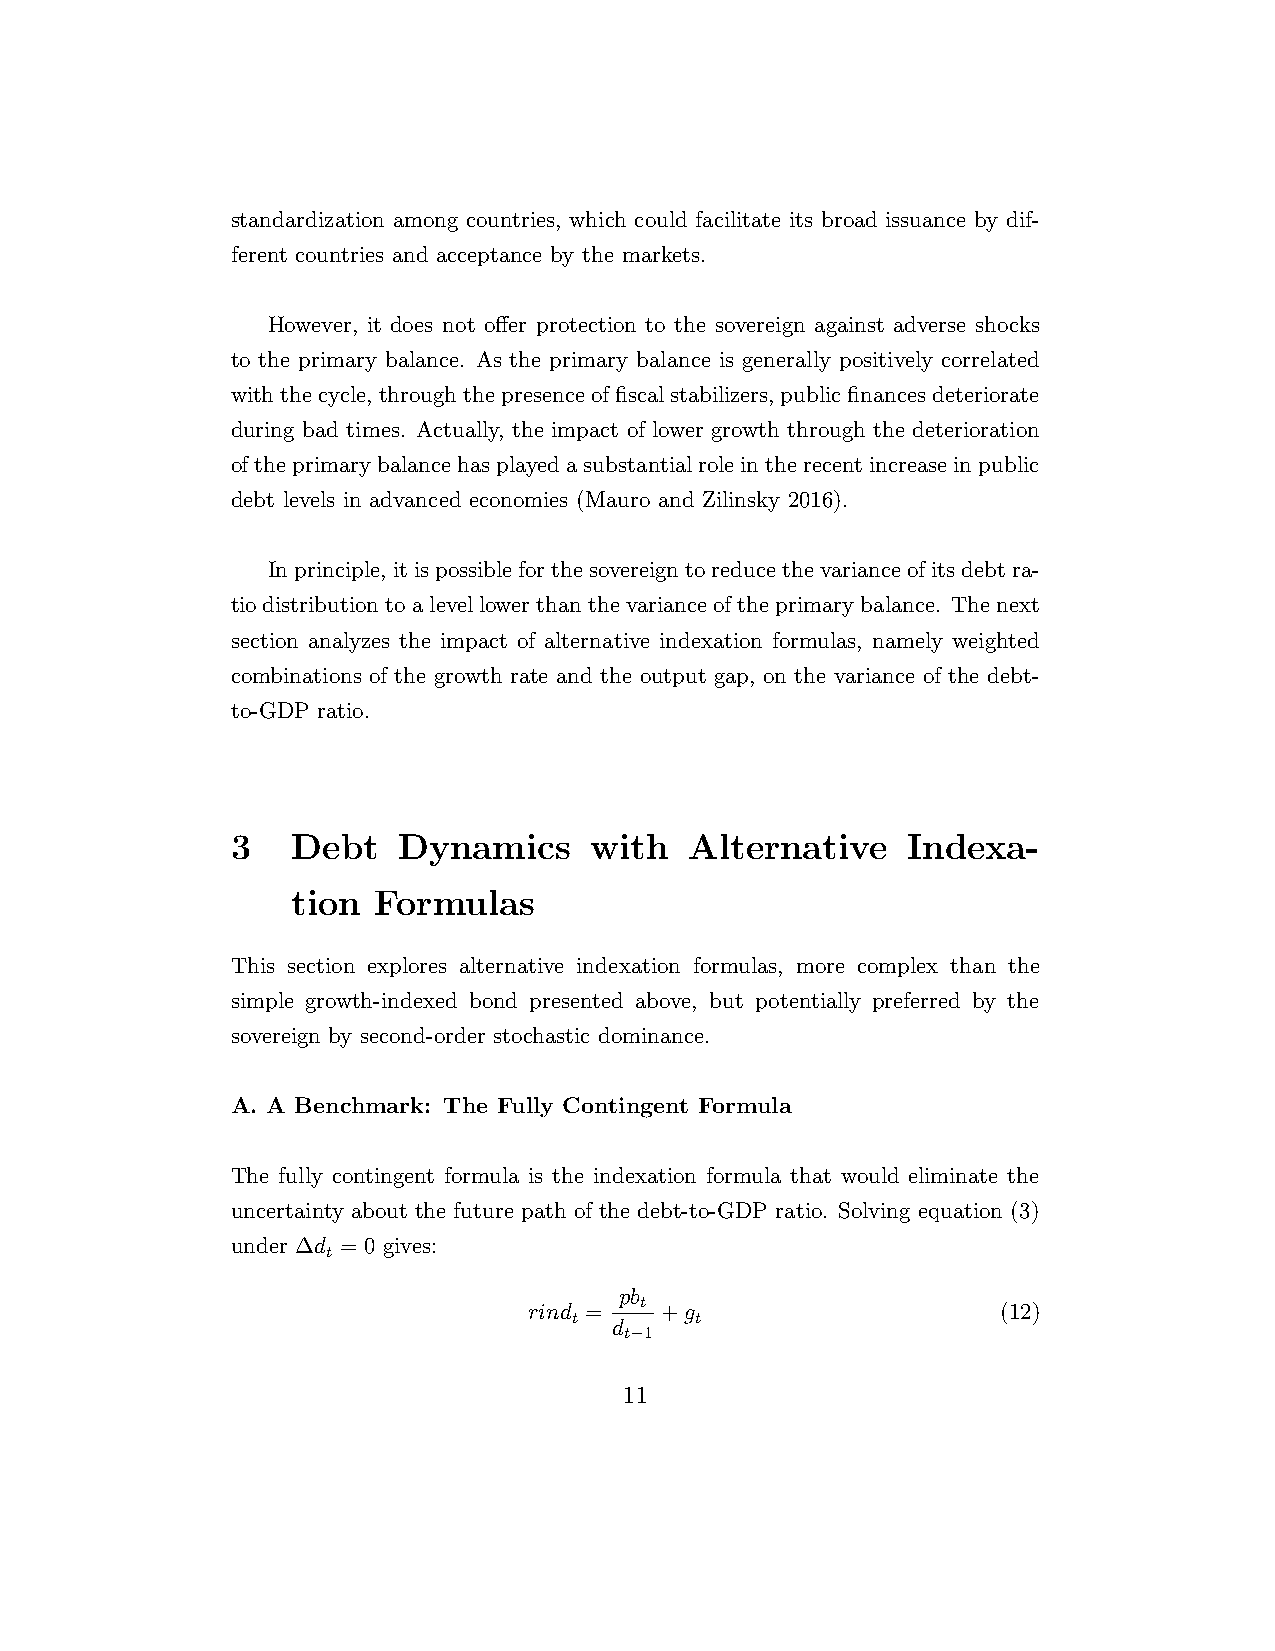
standardization among countries, which could facilitate its broad issuance by dif-
 ferent countries and acceptance by the markets.
 However, it does not offer protection to the sovereign against adverse shocks
 to the primary balance. As the primary balance is generally positively correlated
 withthecycle, throughthepresenceoffiscalstabilizers, publicfinancesdeteriorate
 during bad times. Actually, the impact of lower growth through the deterioration
 oftheprimarybalancehasplayedasubstantialroleintherecentincreaseinpublic
 debt levels in advanced economies (Mauro and Zilinsky 2016).
 Inprinciple, itispossibleforthesovereigntoreducethevarianceofitsdebtra-
 tiodistributiontoalevellowerthanthevarianceoftheprimarybalance. Thenext
 section analyzes the impact of alternative indexation formulas, namely weighted
 combinations of the growth rate and the output gap, on the variance of the debt-
 to-GDP ratio.
 3   Debt   Dynamics     with   Alternative   Indexa-
 tion  Formulas
 This section explores alternative indexation formulas, more complex than the
 simple growth-indexed bond presented above, but potentially preferred by the
 sovereign by second-order stochastic dominance.
 A. A Benchmark: The Fully Contingent Formula
 The fully contingent formula is the indexation formula that would eliminate the
 uncertainty about the future path of the debt-to-GDP ratio. Solving equation (3)
 under ∆d = 0 gives:
 t
 pb
 t
 rind =   +g                    (12)
 t       t
 d
 t−1
 11